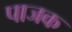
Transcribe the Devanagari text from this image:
पाजक